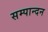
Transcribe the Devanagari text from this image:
सम्पान्दन